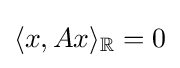
\langle x,Ax\rangle _{\mathbb {R} }=0